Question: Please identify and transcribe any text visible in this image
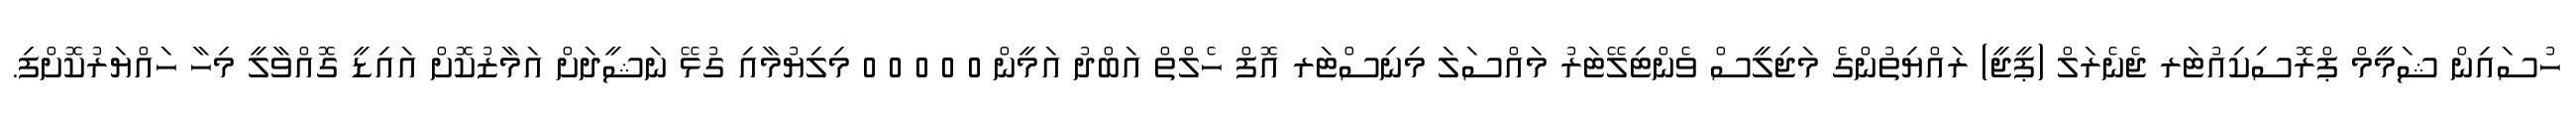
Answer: ހުސައިން ޝަމީމް ޕްރޮސިކިއުޓަރ ޖެނެރަލް (ޕީޖީ) ރައްޔިތުންގެ މަޖިލީސް ވެންޓިލޭޓަރު މައްސަލަ މިނިސްޓަރ އޮފް ހެލްތް އަބްދު އަމީން 0 0 0 0 0 މިލިޔުމާއި ގުޅޭ ނަޝީދަށް އަމާޒުކޮށް އައިޑީ ގޮއްވާލީ މިހާ ހައްޔަރުކޮށްފި.